Insane asylums in Bengal annual reports 1867-1875 - 1867-1875
Year: 1867
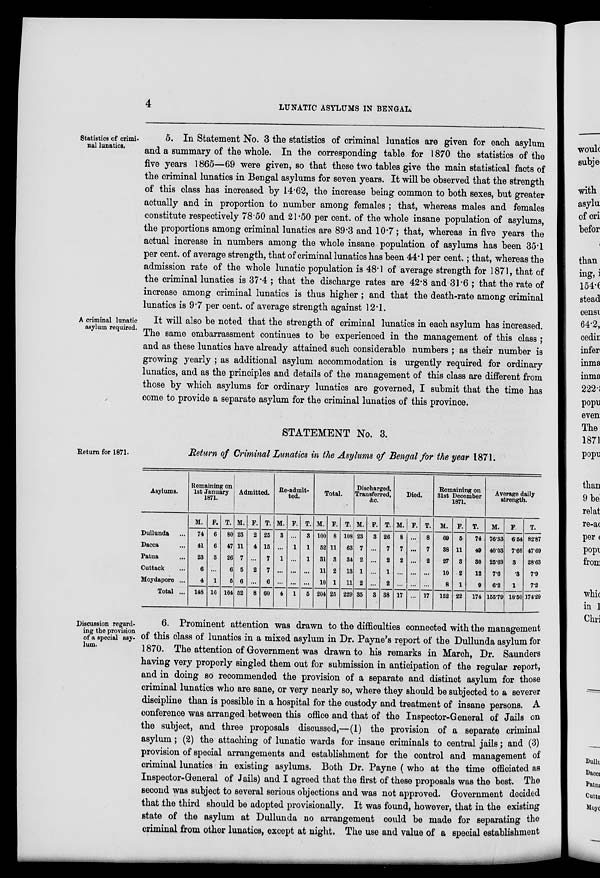
4
LUNATIC ASYLUMS IN BENGAL.
Statistics of crimi-
-al lunatics.
5. In Statement No. 3 the statistics of criminal lunatics are given for each asylum
and a summary of the whole. In the corresponding table for 1870 the statistics of the
five years 1865—69 were given, so that these two tables give the main statistical facts of
the criminal lunatics in Bengal asylums for seven years. It will be observed that the strength
of this class has increased by 14.62, the increase being common to both sexes, but greater
actually and in proportion to number among females ; that, whereas males and females
constitute respectively 78.50 and 21.50 per cent. of the whole insane population of asylums,
the proportions among criminal lunatics are 89.3 and 10.7 ; that, whereas in five years the
actual increase in numbers among the whole insane population of asylums has been 35.1
per cent. of average strength, that of criminal lunatics has been 44.1 per cent.; that, whereas the
admission rate of the whole lunatic population is 48.1 of average strength for 1871, that of
the criminal lunatics is 37.4 ; that the discharge rates are 42.8 and 31.6 ; that the rate of
increase among criminal lunatics is thus higher ; and that the death-rate among criminal
lunatics is 9.7 per cent. of average strength against 12.1.
A criminal lunatic
asylum required.
It will also be noted that the strength of criminal lunatics in each asylum has increased.
The same embarrassment continues to be experienced in the management of this class ;
and as these lunatics have already attained such considerable numbers ; as their number is
growing yearly ; as additional asylum accommodation is urgently required for ordinary
lunatics, and as the principles and details of the management of this class are different from
those by which asylums for ordinary lunatics are governed, I submit that the time has
come to provide a separate asylum for the criminal lunatics of this province.
Return for 1871.
STATEMENT No. 3.
Return of Criminal Lunatics in the Asylums of Bengal for the year 1871.
Asylums.
Dullunda ...
Dacca ...
Patna ...
Cuttack ...
Moydapore ...
Total ...
Remaining on
1st January
1871.
M.
74
41
23
6
4
148
F.
6
6
3
...
1
16
T.
80
47
26
6
6
164
Admitted.
M.
23
11
7
5
6
52
F.
2
4
...
2
...
8
T.
25
15
7
7
6
60
Re-admit-
ted.
M.
3
...
1
...
...
4
F.
...
1
...
...
...
1
T.
3
1
1
...
...
5
Total.
M.
100
52
31
11
10
204
F.
8
11
3
2
1
25
T.
108
63
34
13
11
229
Discharged,
Transferred,
&c.
M.
23
7
2
1
2
35
F.
3
...
...
...
...
3
T.
26
7
2
1
2
38
Died.
M.
8
7
2
...
...
17
F.
...
...
...
...
...
...
T.
8
7
2
...
...
17
Remaining on
31st December
1871.
M.
69
38
27
10
8
152
F.
5
11
3
2
1
22
T.
74
49
30
12
9
174
Average daily
strength.
M.
76.33
40.03
25.63
7.6
6.2
155.79
F.
6.54
7.66
3
.3
1
18.50
T.
82.87
47.69
28.63
7.9
7.2
174.29
Discussion regard-
ing the provision
of a special asy-
lum.
6. Prominent attention was drawn to the difficulties connected with the management
of this class of lunatics in a mixed asylum in Dr. Payne's report of the Dullunda asylum for
1870. The attention of Government was drawn to his remarks in March, Dr. Saunders
having very properly singled them out for submission in anticipation of the regular report,
and in doing so recommended the provision of a separate and distinct asylum for those
criminal lunatics who are sane, or very nearly so, where they should be subjected to a severer
discipline than is possible in a hospital for the custody and treatment of insane persons. A
conference was arranged between this office and that of the Inspector-General of Jails on
the subject, and three proposals discussed,—(1) the provision of a separate criminal
asylum; (2) the attaching of lunatic wards for insane criminals to central jails; and (3)
provision of special arrangements and establishment for the control and management of
criminal lunatics in existing asylums. Both Dr. Payne ( who at the time officiated as
Inspector-General of Jails) and I agreed that the first of these proposals was the best. The
second was subject to several serious objections and was not approved. Government decided
that the third should be adopted provisionally. It was found, however, that in the existing
state of the asylum at Dullunda no arrangement could be made for separating the
criminal from other lunatics, except at night. The use and value of a special establishment